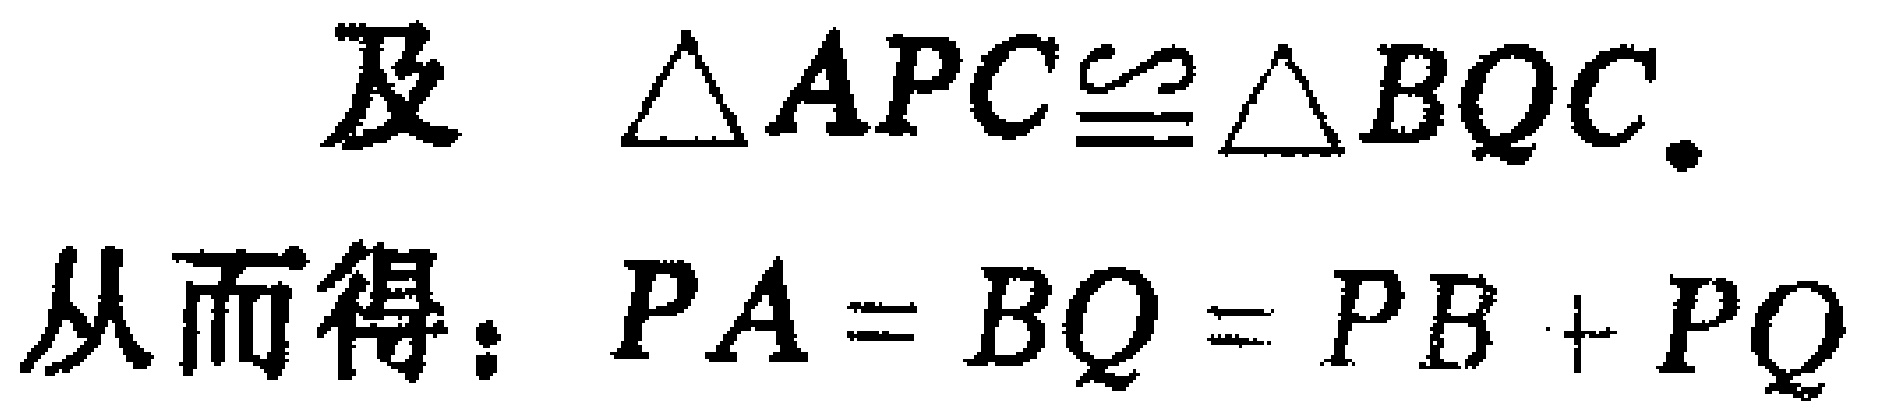
及 $\triangle APC\cong\triangle BQC$.
从而得：$PA = BQ = PB + PQ$